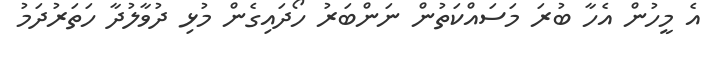
އެ މީހުން އެހާ ބުރަ މަސައްކަތުން ނަންބަރު ހޯދައިގެން މުޅި ދުވާލުދާ ހަތަރުދަމު